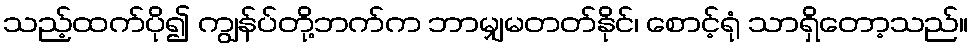
သည့်ထက်ပို၍ ကျွန်ပ်တို့ဘက်က ဘာမျှမတတ်နိုင်၊ စောင့်ရုံ သာရှိတော့သည်။